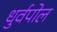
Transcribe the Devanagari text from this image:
धुर्वपोल